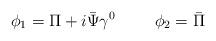
LaTeX: \begin{align*}\phi_1=\Pi+i\bar{\Psi}\gamma^0 \hspace{1cm} \phi_2= \bar{\Pi}\end{align*}